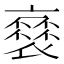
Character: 𧜸